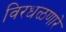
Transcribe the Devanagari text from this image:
विरधळणारे